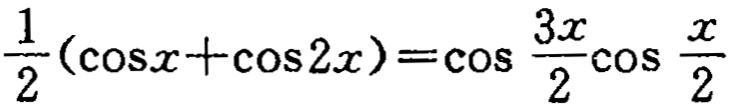
$\frac{1}{2}(\cos x+\cos 2x)=\cos \frac{3x}{2}\cos \frac{x}{2}$